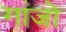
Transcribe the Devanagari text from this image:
गांजो